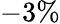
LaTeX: -3\%